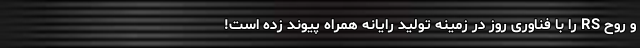
و روح RS را با فناوری روز در زمینه تولید رایانه همراه پیوند زده است!